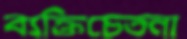
ব্যক্তিচেতনা